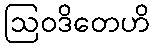
ဩဝဒိတေဟိ